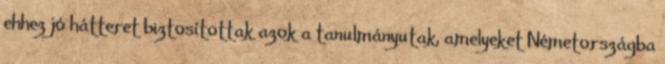
ehhez jó hátteret biztosítottak azok a tanulmányutak, amelyeket Németországba